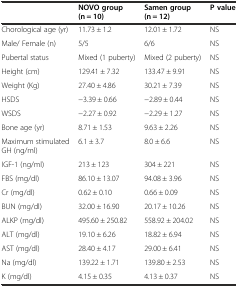
<table><thead><tr><td></td><td><b>NOVO group (n = 10)</b></td><td><b>Samen group (n = 12)</b></td><td><b>P value</b></td></tr></thead><tbody><tr><td>Chorological age (yr)</td><td>11.73 ± 1.2</td><td>12.01 ± 1.72</td><td>NS</td></tr><tr><td>Male/ Female (n)</td><td>5/5</td><td>6/6</td><td>NS</td></tr><tr><td>Pubertal status</td><td>Mixed (1 puberty)</td><td>Mixed (2 puberty)</td><td>NS</td></tr><tr><td>Height (cm)</td><td>129.41 ± 7.32</td><td>133.47 ± 9.91</td><td>NS</td></tr><tr><td>Weight (Kg)</td><td>27.40 ± 4.86</td><td>30.21 ± 7.39</td><td>NS</td></tr><tr><td>HSDS</td><td>−3.39 ± 0.66</td><td>−2.89 ± 0.44</td><td>NS</td></tr><tr><td>WSDS</td><td>−2.27 ± 0.92</td><td>−2.29 ± 1.27</td><td>NS</td></tr><tr><td>Bone age (yr)</td><td>8.71 ± 1.53</td><td>9.63 ± 2.26</td><td>NS</td></tr><tr><td>Maximum stimulated GH (ng/ml)</td><td>6.1 ± 3.7</td><td>8.0 ± 6.6</td><td>NS</td></tr><tr><td>IGF-1 (ng/ml)</td><td>213 ± 123</td><td>304 ± 221</td><td>NS</td></tr><tr><td>FBS (mg/dl)</td><td>86.10 ± 13.07</td><td>94.08 ± 3.96</td><td>NS</td></tr><tr><td>Cr (mg/dl)</td><td>0.62 ± 0.10</td><td>0.66 ± 0.09</td><td>NS</td></tr><tr><td>BUN (mg/dl)</td><td>32.00 ± 16.90</td><td>20.17 ± 10.26</td><td>NS</td></tr><tr><td>ALKP (mg/dl)</td><td>495.60 ± 250.82</td><td>558.92 ± 204.02</td><td>NS</td></tr><tr><td>ALT (mg/dl)</td><td>19.10 ± 6.26</td><td>18.82 ± 6.94</td><td>NS</td></tr><tr><td>AST (mg/dl)</td><td>28.40 ± 4.17</td><td>29.00 ± 6.41</td><td>NS</td></tr><tr><td>Na (mg/dl)</td><td>139.22 ± 1.71</td><td>139.80 ± 2.53</td><td>NS</td></tr><tr><td>K (mg/dl)</td><td>4.15 ± 0.35</td><td>4.13 ± 0.37</td><td>NS</td></tr></tbody></table>